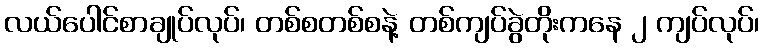
လယ်ပေါင်စာချုပ်လုပ်၊ တစ်စတစ်စနဲ့ တစ်ကျပ်ခွဲတိုးကနေ ၂ ကျပ်လုပ်၊